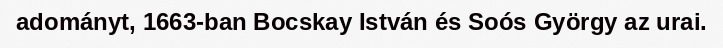
adományt, 1663-ban Bocskay István és Soós György az urai.